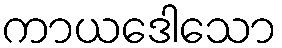
ကာယဒေါသော